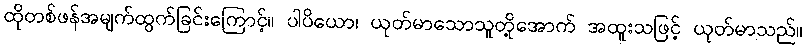
ထိုတစ်ဖန်အမျက်ထွက်ခြင်းကြောင့်။ ပါပိယော၊ ယုတ်မာသောသူတို့အောက် အထူးသဖြင့် ယုတ်မာသည်။